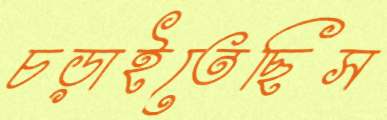
চড়াইতেছিস